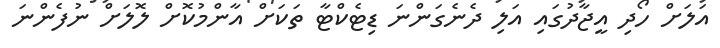
އަލަށް ހޯދި އީޖާދުގައި އަލި ދެނެގަންނަ ޑިޓެކްޓާ ތަކަށް އާންމުކޮށް ލޮލަށް ނުފެންނަ